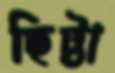
ছিট্টা